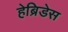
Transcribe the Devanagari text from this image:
हेब्रिडेस